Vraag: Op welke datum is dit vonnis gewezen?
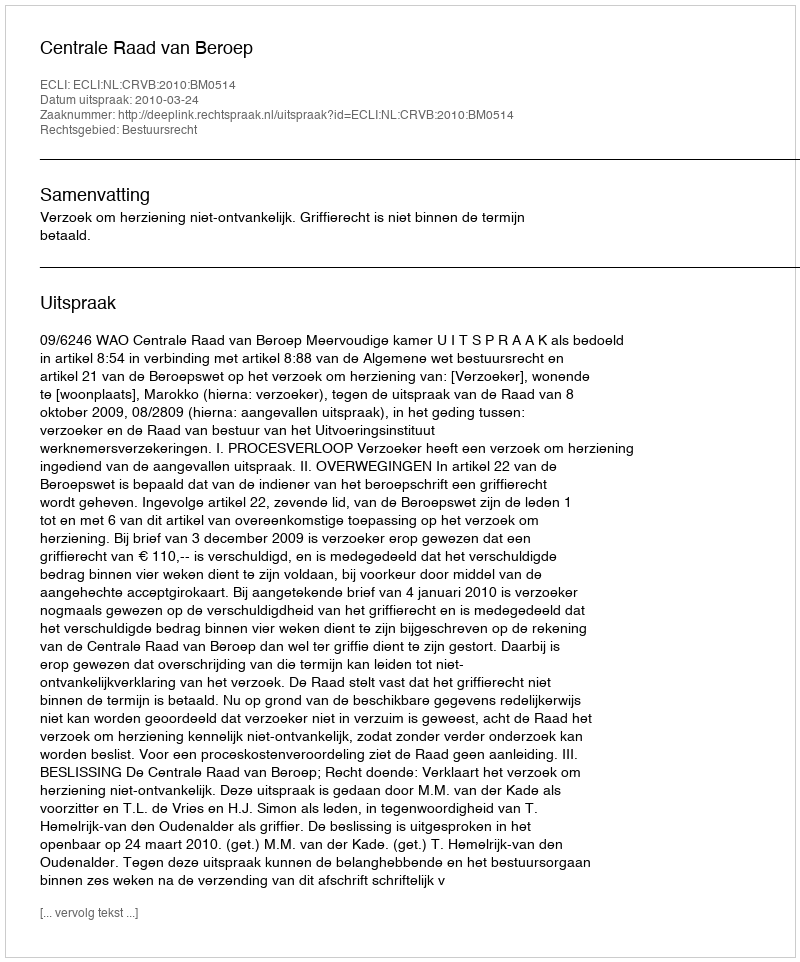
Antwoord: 2010-03-24